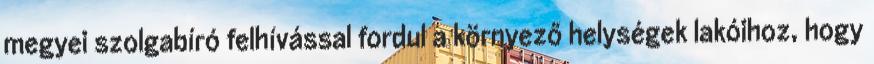
megyei szolgabíró felhívással fordul a környező helységek lakóihoz, hogy